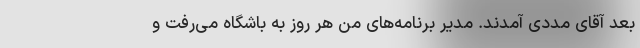
بعد آقای مددی آمدند. مدیر برنامه‌های من هر روز به باشگاه می‌رفت و